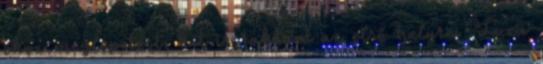
okoz meglepetést, kit is raktam az első helyre. Luca